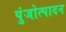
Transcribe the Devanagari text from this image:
पुंजोत्पादन